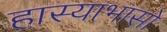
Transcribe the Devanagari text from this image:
हास्याभासो